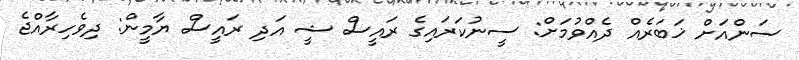
ސަންއަށް ޚަބަރެއް ދެއްވުމަށް: ސީނުކަރައިގެ ރައީސް ޝީ އަދި ރައީސް ޔާމީން: ދިވެހިރާއްޖެ